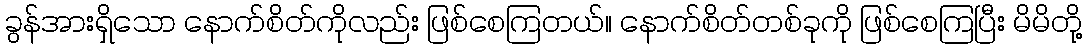
ခွန်အားရှိသော နောက်စိတ်ကိုလည်း ဖြစ်စေကြတယ်။ နောက်စိတ်တစ်ခုကို ဖြစ်စေကြပြီး မိမိတို့